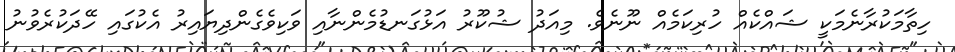
ހިތާމަކުރާނެމަކީ ޝައްކެއް ހުރިކަމެއް ނޫނެވެ. މިއަދު ޝުކޫރު އަޅުގަނޑުމެންނާއި ވަކިވެގެންދިޔައިރު އެކުގައި ހޭދަކުރެވުނު